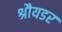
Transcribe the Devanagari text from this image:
श्रौयडर